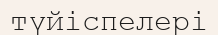
түйіспелері